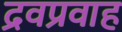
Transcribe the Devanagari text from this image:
द्रवप्रवाह